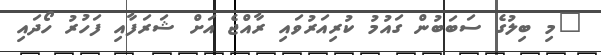
"މި ބިލުގެ ސަބަބުން ގައުމު ކުރިއަރުވައި ރާއްޖެ އަށް ޝަރަފާއި ފަހުރު ހޯދައި